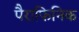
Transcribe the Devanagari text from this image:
पैराफिनिक